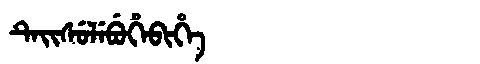
Manchu: ᡨᡝᡳᠰᡠᠯᡝᠪᡠᡥᡝᠪᡳᡥᡝ
Romanization: TEISULEBUHEBIHE